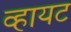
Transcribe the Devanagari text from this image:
व्हायट